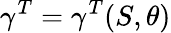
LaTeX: \gamma^{T}=\gamma^{T}(S,\theta)